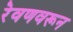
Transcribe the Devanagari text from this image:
रेवणवरून